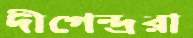
দীগেন্দ্ররা